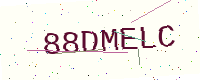
Text: 88DMELC